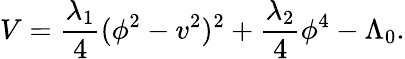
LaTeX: V={\frac{\lambda_{1}}{4}}(\phi^{2}-v^{2})^{2}+{\frac{\lambda_{2}}{4}}\phi^{4}-\Lambda_{0}.